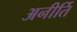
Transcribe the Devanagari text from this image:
अनीर्ति